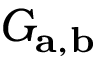
G _ { \mathbf { a } , \mathbf { b } }